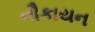
નૌકાયન